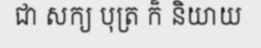
ជា សក្យ បុត្រ ក៏ និយាយ